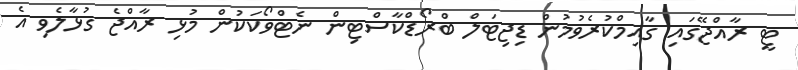
ޓީ ރާއްޖޭގައި ގާއިމްކުރެވުމުން ޑިޖިޓަލް ބްރޯޑްކާސްޓިން ނެޓްވޯކަކުން މުޅި ރާއްޖެ ގުޅާލެވި އެ